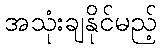
အသုံးချနိုင်မည့်